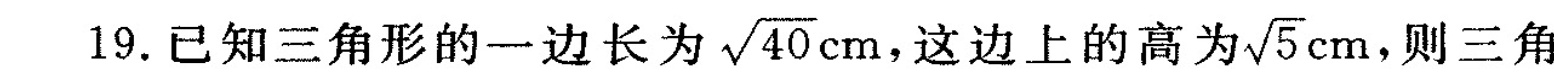
19.已知三角形的一边长为 $$\sqrt{40}cm$$ ，这边上的高为 $$\sqrt{5}cm$$ ，则三角